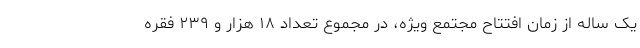
یک ساله از زمان افتتاح مجتمع ویژه، در مجموع تعداد ۱۸ هزار و ۲۳۹ فقره